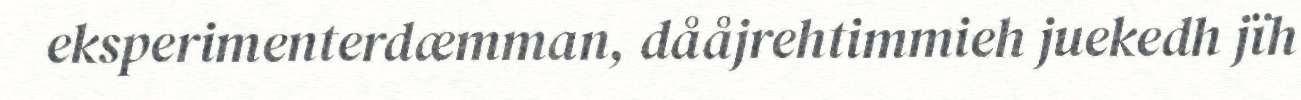
eksperimenterdæmman, dååjrehtimmieh juekedh jïh